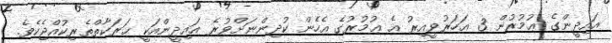
އައިދީންގެ ޢުމުރުން 3 އަހަރުވީއިރު އެ ޢުމުރުގެ އެހެން ކުދިންނަށްވުރެ އައިދީންއަކީ ޙަރަކާތްތެރިކުއްޖެކެވެ.